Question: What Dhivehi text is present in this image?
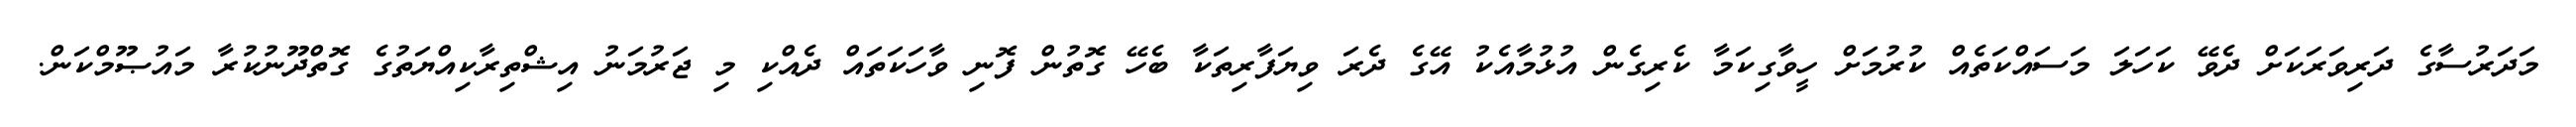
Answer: މަދަރުސާގެ ދަރިވަރަކަށް ދެވޭ ކަހަލަ މަސައްކަތެއް ކުރުމަށް ހީވާގިކަމާ ކެރިގެން އުޅުމާއެކު އޭގެ ދެރަ ވިޔަފާރިތަކާ ބެހޭ ގޮތުން ފޮނި ވާހަކަތައް ދެއްކި މި ޖަރުމަނު އިޝްތިރާކިއްޔަތުގެ ގޮތްދޫނުކުރާ މައުޞޫމްކަން.